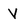
Character: V